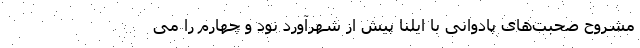
مشروح صحبت‌های پادوانی با ایلنا پیش از شهرآورد نود و چهارم را می‌